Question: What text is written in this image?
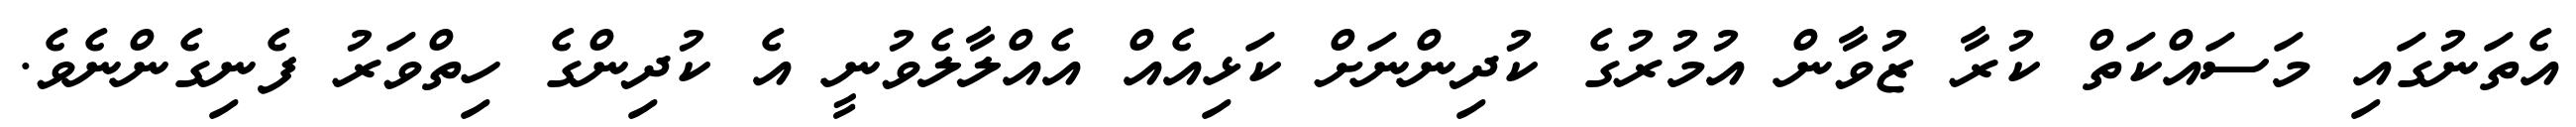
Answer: އެތަނުގައި މަސައްކަތް ކުރާ ޒުވާން އުމުރުގެ ކުދިންނަށް ކަޅިއެއް އެއްލާލެވުނީ އެ ކުދިންގެ ހިތްވަރު ފެނިގެންނެވެ.